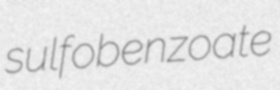
sulfobenzoate